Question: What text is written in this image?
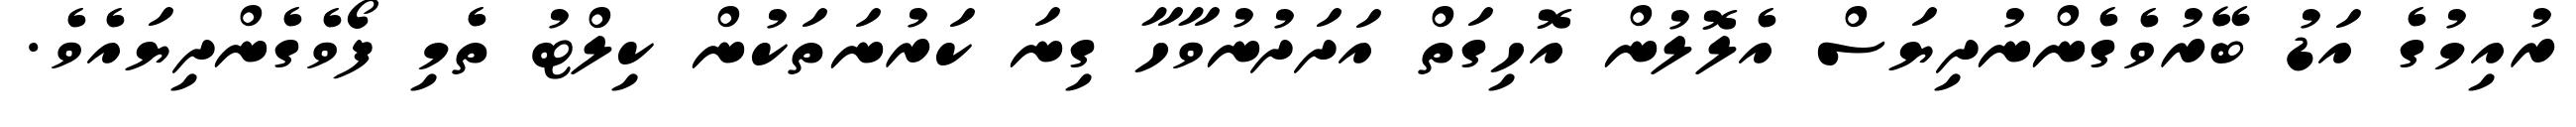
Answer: ރުއިމުގެ އަޑު ބޭރުވެގެންނުދިޔަސް އެލޮލުން އޮހިގަތް އަދަދުނުވާހާ ގިނަ ކަރުނަތަކުން ކިލްޓު ތެމި ފޯވެގެންދިޔައެވެ.